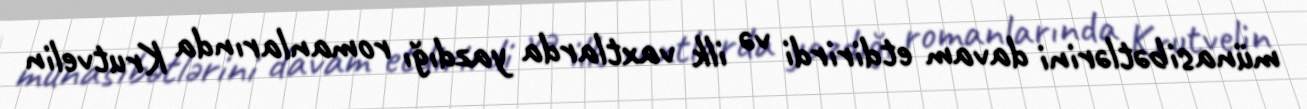
münasibətlərini davam etdirirdi və ilk vaxtlarda yazdığı romanlarında Krutvelin